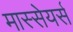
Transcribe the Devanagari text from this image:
मास्सेयर्स